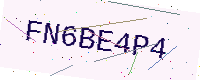
Text: FN6BE4P4